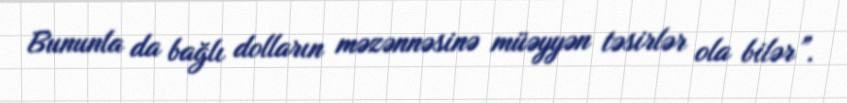
Bununla da bağlı dolların məzənnəsinə müəyyən təsirlər ola bilər”.